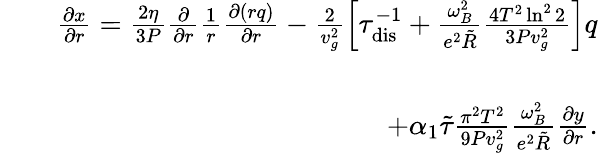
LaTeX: \begin{array}{rlr}&{}&{\frac{\partial x}{\partial r}=\frac{2\eta}{3P}\frac{\partial}{\partial r}\frac{1}{r}\frac{\partial(rq)}{\partial r}-\frac{2}{v_{g}^{2}}\left[\tau_{\mathrm{dis}}^{-1}+\frac{\omega_{B}^{2}}{e^{2}\tilde{R}}\frac{4T^{2}\ln^{2}2}{3Pv_{g}^{2}}\right]q}\\ &{}&\\ &{}&{\qquad\qquad\qquad\qquad\qquad+\alpha_{1}\tilde{\tau}\frac{\pi^{2}T^{2}}{9Pv_{g}^{2}}\frac{\omega_{B}^{2}}{e^{2}\tilde{R}}\frac{\partial y}{\partial r}.}\end{array}